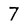
Character: 7